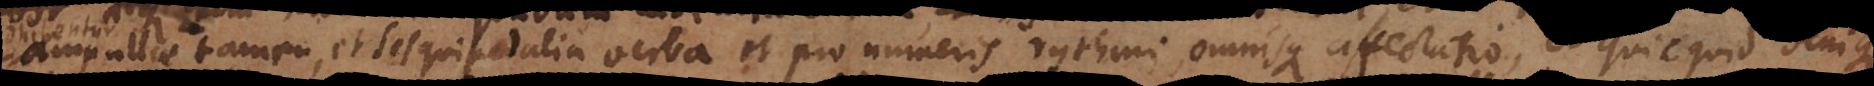
ampullae tamen, et sesquipedalia verba et pro numeris rhythmi, omnisque affectatio, et quicquid denique